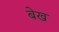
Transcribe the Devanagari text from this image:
बेख